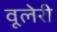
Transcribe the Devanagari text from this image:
वूलेरी